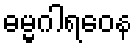
ဓမ္မဂါရဝေန